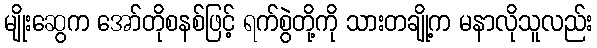
မျိုးဆွေက အော်တိုစနစ်ဖြင့် ရက်စွဲတို့ကို သားတချို့က မနာလိုသူလည်း